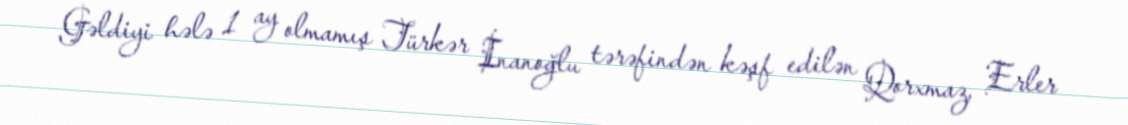
Gəldiyi hələ 1 ay olmamış Türkər İnanoğlu tərəfindən kəşf edilən Qorxmaz, Erler